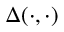
\Delta ( \cdot , \cdot )